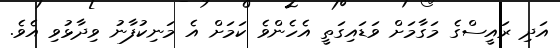
އަދި ރައީސްގެ މަގާމަށް ވަޑައިގަތީ އެހެންވެ ކަމަށް އެ މަނިކުފާނު ވިދާޅުވި އެވެ.